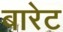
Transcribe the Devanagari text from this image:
बारेट